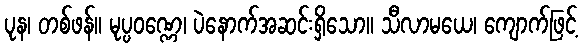
ပုန၊ တစ်ဖန်။ မုပ္ပဝဏ္ဏေ၊ ပဲနောက်အဆင်းရှိသော။ သီလာမယေ၊ ကျောက်ဖြင့်